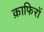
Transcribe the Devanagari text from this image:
क़ाफिरों